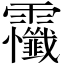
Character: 𲊔